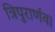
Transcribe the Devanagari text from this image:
त्रिपुरार्णव।